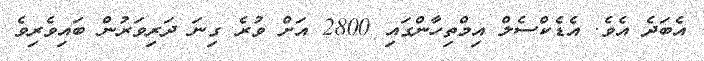
އެބަދެ އެވެ. އެޑެކްސެލް އިމްތިހާންގައި 2800 އަށް ވުރެ ގިނަ ދަރިވަރުން ބައިވެރިވެ